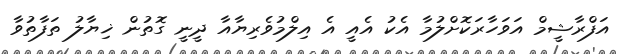
އަފްރާޝީމް އަވަހާރަކޮށްލުމާ އެކު އެއީ އެ އިލްމުވެރިޔާއާ ދީނީ ގޮތުން ޚިޔާލު ތަފާތުވާ